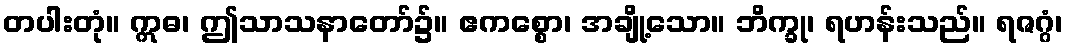
တပါးတုံ။ ဣဓ၊ ဤသာသနာတော်၌။ ဧကစ္စော၊ အချို့သော။ ဘိက္ခု၊ ရဟန်းသည်။ ရဇဂ္ဂံ၊